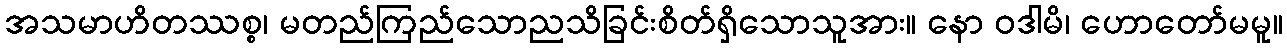
အသမာဟိတဿစ္စ၊ မတည်ကြည်သောညသိခြင်းစိတ်ရှိသောသူအား။ နော ဝဒါမိ၊ ဟောတော်မမူ။